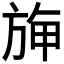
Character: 𣃻